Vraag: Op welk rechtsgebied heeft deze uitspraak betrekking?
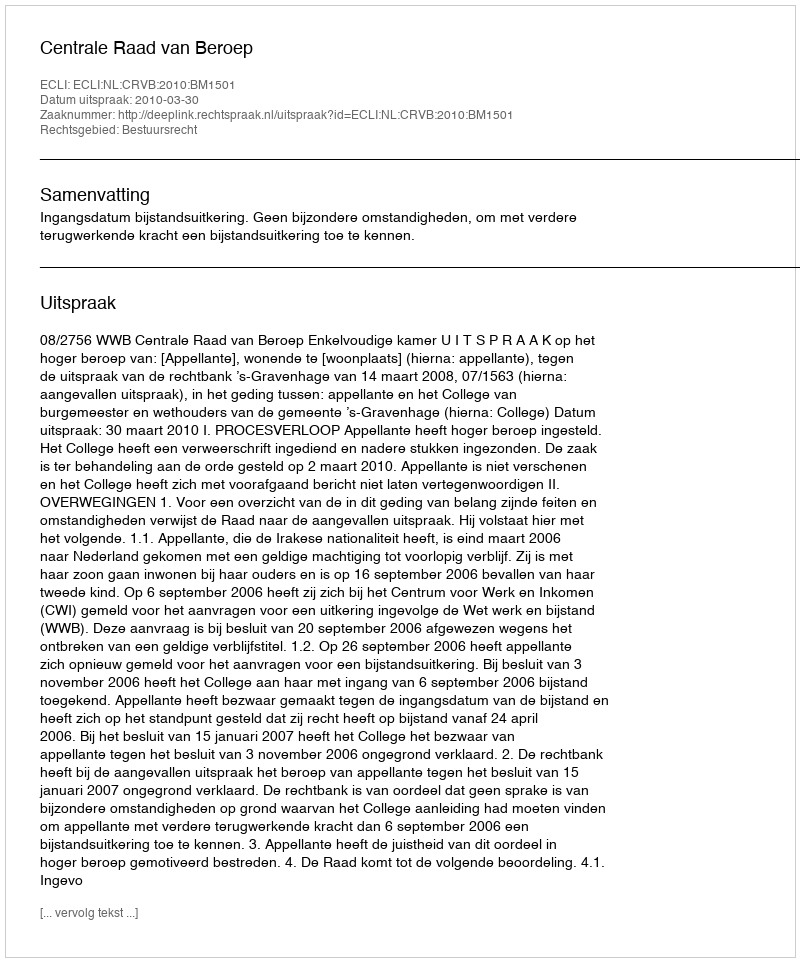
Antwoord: Bestuursrecht